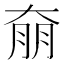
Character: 奟